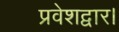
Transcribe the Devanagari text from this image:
प्रवेशद्वार।